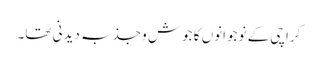
کراچی کے نوجوانوں کا جوش و جذبہ دیدنی تھا۔